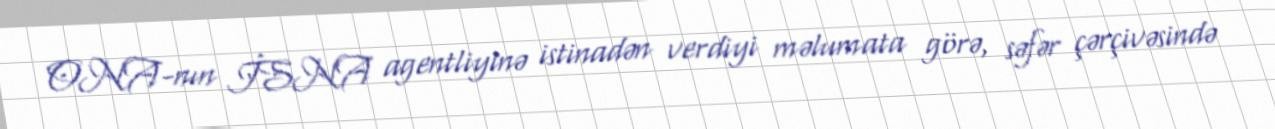
ONA-nın İSNA agentliyinə istinadən verdiyi məlumata görə, səfər çərçivəsində